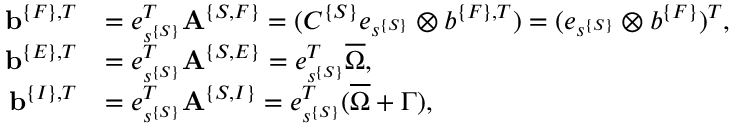
\begin{array} { r l } { { \bf b } ^ { \{ F \} , T } } & { = e _ { s ^ { \{ S \} } } ^ { T } { \bf A } ^ { \{ S , F \} } = ( C ^ { \{ S \} } e _ { s ^ { \{ S \} } } \otimes b ^ { \{ F \} , T } ) = ( e _ { s ^ { \{ S \} } } \otimes b ^ { \{ F \} } ) ^ { T } , } \\ { { \bf b } ^ { \{ E \} , T } } & { = e _ { s ^ { \{ S \} } } ^ { T } { \bf A } ^ { \{ S , E \} } = e _ { s ^ { \{ S \} } } ^ { T } \overline { { \Omega } } , } \\ { { \bf b } ^ { \{ I \} , T } } & { = e _ { s ^ { \{ S \} } } ^ { T } { \bf A } ^ { \{ S , I \} } = e _ { s ^ { \{ S \} } } ^ { T } ( \overline { { \Omega } } + \Gamma ) , } \end{array}